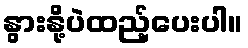
နွားနို့ပဲထည့်ပေးပါ။